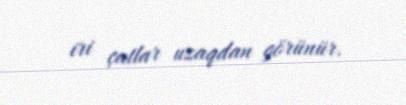
iri çatlar uzaqdan görünür.